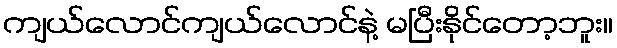
ကျယ်လောင်ကျယ်လောင်နဲ့ မပြီးနိုင်တော့ဘူး။